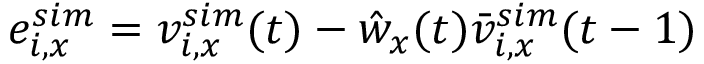
e _ { i , x } ^ { s i m } = v _ { i , x } ^ { s i m } ( t ) - \hat { w } _ { x } ( t ) \bar { v } _ { i , x } ^ { s i m } ( t - 1 )